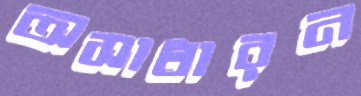
অসাধারন